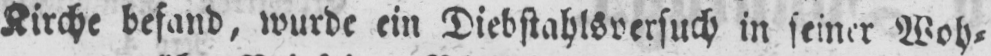
Kirche befand, wurde ein Diebstahlsversuch in seiner Woh⸗